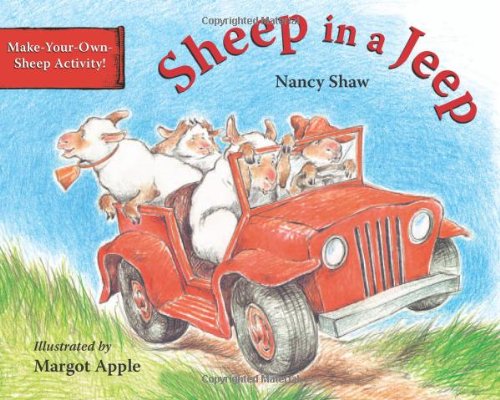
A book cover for Sheep in a Jeep; Nancy E. Shaw; Children's Books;